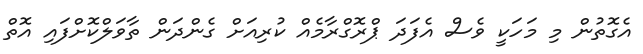
އެގޮތުން މި މަހަކީ ވެސް އެފަދަ ޕްރޮގްރާމެއް ކުރިއަށް ގެންދަން ތާވަލްކޮށްފައި އޮތް